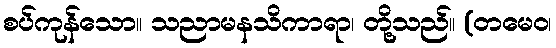
စပ်ကုန်သော။ သညာမနသိကာရာ၊ တို့သည်။ (တမေဝ၊